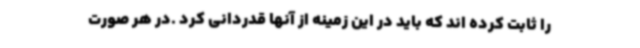
را ثابت کرده اند که باید در این زمینه از آنها قدردانی کرد .در هر صورت